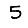
Digit: 5